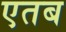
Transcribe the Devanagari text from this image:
एतब